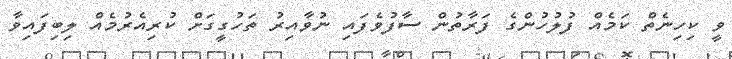
ވީ ކިހިނެތް ކަމެއް ފުލުހުންގެ ފަރާތުން ސާފުވެފައި ނުވާއިރު ތަހުގީގަށް ކުރިއެރުމެއް ލިބިފައިވާ